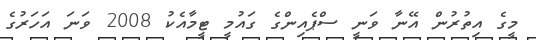
މީގެ އިތުރުން އޭނާ ވަނީ ސްޕެއިންގެ ގައުމީ ޓީމާއެކު 2008 ވަނަ އަހަރުގެ